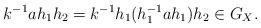
LaTeX: \begin{align*} k^{-1}ah_1h_2=k^{-1}h_1(h_1^{-1}ah_1)h_2\in G_X. \end{align*}